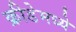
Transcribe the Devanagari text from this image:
क्रीडेमध्ये